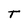
Character: T